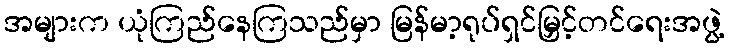
အများက ယုံကြည်နေကြသည်မှာ မြန်မာ့ရုပ်ရှင်မြှင့်တင်ရေးအဖွဲ့